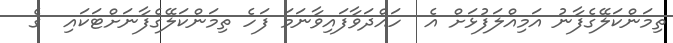
ތިމަންކަލޭގެފާނު އަމިއްލަފުޅަށް އެ  ހައްދަވާފައިވާނަމަ ފަހެ ތިމަންކަލޭގެފާނަށްޓަކައި  ގެ